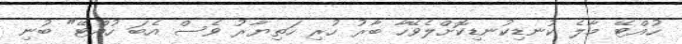
ހުއްޓޭ މާލެ ކުނޑިކުނޑިކޮށްލެވޭހާ ބާރު ހުރި ހަތިޔާރު ވެސް އެބަ ހުއްޓޭ" ބުނި